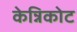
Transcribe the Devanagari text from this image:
केन्निकोट